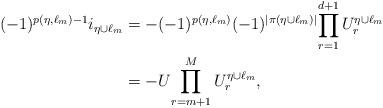
LaTeX: \begin{align*}(-1)^{p(\eta,\ell_{m})-1} i_{\eta\cup \ell_{m}}&= -(-1)^{p(\eta,\ell_{m})} (-1)^{|\pi(\eta\cup \ell_{m})|}{\prod_{r=1}^{d+1}U^{\eta\cup \ell_{m}}_{r}} \\&=-U{\prod_{r=m+1}^M U^{\eta\cup \ell_{m}}_{r}} ,\end{align*}